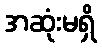
အဆုံးမရှိ